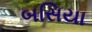
બસિયા